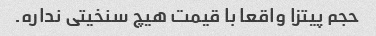
حجم پیتزا واقعا با قیمت هیچ سنخیتی نداره.